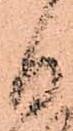
日